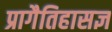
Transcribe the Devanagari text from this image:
प्रागैतिहासज्ञ